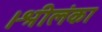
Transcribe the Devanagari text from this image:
।श्रीलंका